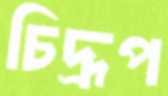
চিদ্রূপ